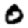
Digit: 0